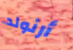
أرنولد